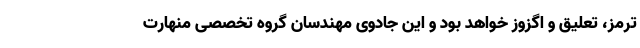
ترمز، تعلیق و اگزوز خواهد بود و این جادوی مهندسان گروه تخصصی منهارت